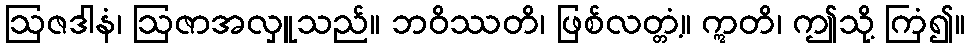
ဩဇဒါနံ၊ ဩဇာအလှူသည်။ ဘဝိဿတိ၊ ဖြစ်လတ္တံ့။ ဣတိ၊ ဤသို့ ကြံ၍။